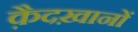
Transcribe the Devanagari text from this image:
क़ैदख़ानों